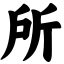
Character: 所